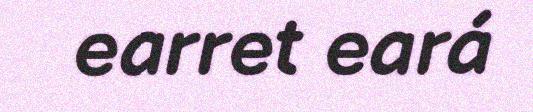
earret eará